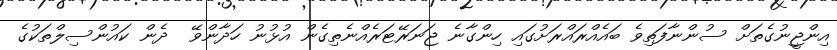
އިންޖީނުގެތަށް ސުންނާފަތިވެ ބައެއްރައްރަށުގައި ހިންގާނެ ޖަނަރޭޓަރެއްނެތިގެން އުޅުނު ހަދާންވޭ  ދެން ކައުންސިލްތަކުގެ